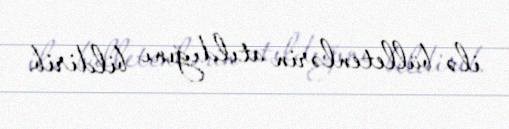
ilə bülletenlərin atıldığını bildirib.